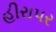
હીરાપર